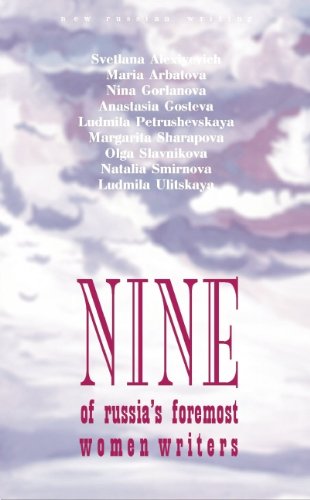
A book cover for Nine: An Anthology of Russia's Foremost Woman Writers; Svetlana Alexiyevich; Travel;